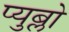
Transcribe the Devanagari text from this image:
प्युब्लो